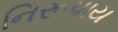
નિરૂપાય